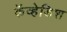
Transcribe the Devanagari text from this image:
कॅव्हेडिश